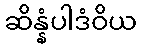
ဆိန္နံပါဒံဝိယ